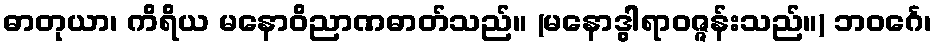
ဓာတုယာ၊ ကိရိယ မနောဝိညာဏဓာတ်သည်။ (မနောဒွါရာဝဇ္ဇန်းသည်။) ဘဝင်္ဂေ၊